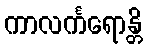
ကာလင်္ကရောန္တိ